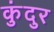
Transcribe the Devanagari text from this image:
कुंदुर